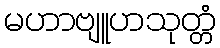
မဟာဗျူဟသုတ္တံ